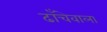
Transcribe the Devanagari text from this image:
ढाँचेवाला